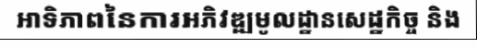
អាទិភាពនៃការអភិវឌ្ឍមូលដ្ឋានសេដ្ឋកិច្ច និង